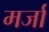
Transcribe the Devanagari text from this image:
मर्जा